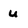
Character: u